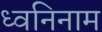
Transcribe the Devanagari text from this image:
ध्वनिनाम